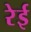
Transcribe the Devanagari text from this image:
रेई